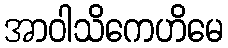
အာဝါသိကေဟိမေ